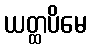
ယတ္ထပိမေ